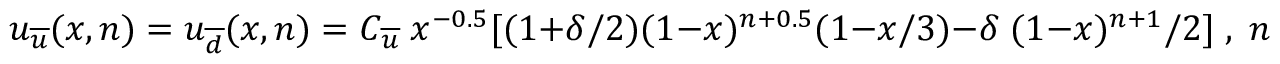
u _ { \overline { { { u } } } } ( x , n ) = u _ { \overline { { { d } } } } ( x , n ) = C _ { \overline { { { u } } } } \; x ^ { - 0 . 5 } [ ( 1 + \delta / 2 ) ( 1 - x ) ^ { n + 0 . 5 } ( 1 - x / 3 ) - \delta \; ( 1 - x ) ^ { n + 1 } / 2 ] \; , \; n > 1 \ ,